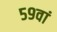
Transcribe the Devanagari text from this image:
५९वां